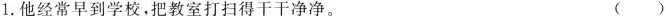
1.他经常早到学校，把教室打扫得干干净净。()